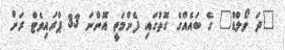
"ދަ ވޯލްޑް" ގެ ބައެއްގެ ގޮތުގައި ފެންމަތީ އޮންނަ 33 ޕްރައިވެޓް ރަށް